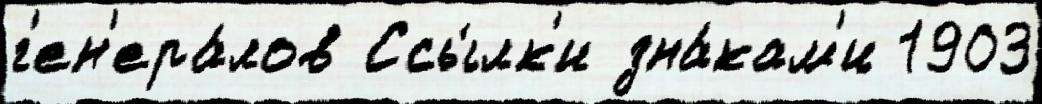
г'ен'ера́лов Ссы́лк'и зна́кам'и 1903